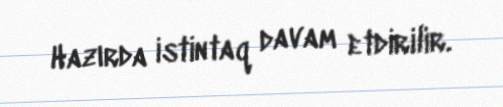
Hazırda istintaq davam etdirilir.